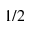
1 / 2